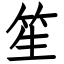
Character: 笙